Lunatic asylums Bombay report 1878-1890 - 1878-1890
Year: 1878
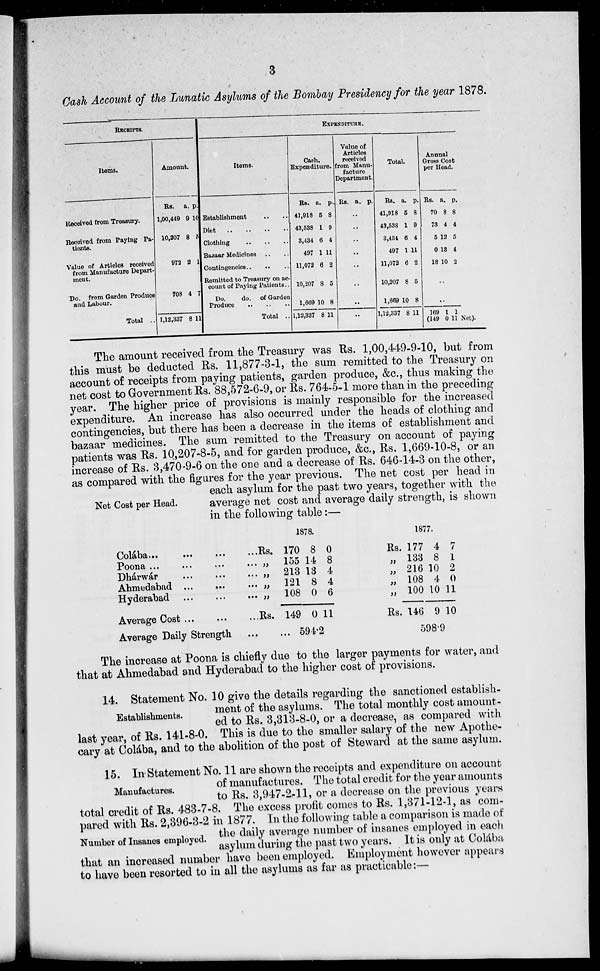
3
Cash Account of the Lunatic Asylums of the Bombay Presidency for the year 1878.
RECEIPTS.
Items.
Received from Treasury.
Received from Paying Pa-
tients.
Value of Articles received
from Manufacture Depart-
ment.
Do. from Garden Produce
and Labour.
Total ..
Amount.
Rs.
1,00,449
10,207
972
708
1,12,337
a.
9
8
2
4
8
p.
10
5
1
7
11
EXPENDITURE.
Items.
Establishment .. ..
Diet
..
..
..
..
Clothing .. .. ..
Bazaar Medicines .. ..
Contingencies
..
..
..
Remitted to Treasury on ac-
count of Paying Patients ..
Do.
do. of Garden
Produce .. .. ..
Total ..
Cash,
Expenditure.
Rs.
41,918
43,538
3,434
497
11,072
10,207
1,669
1,12,337
a.
5
1
6
1
6
8
10
8
p.
8
9
4
11
2
5
8
11
Value of
Articles
received
from Manu-
facture
Department.
Rs. a. p.
. .
. .
. .
. .
. .
. .
. .
. .
Total.
Rs.
41,918
43,538
3,434
497
11,072
10,207
1,669
1,12,337
a.
5
1
6
1
6
8
10
8
p.
8
9
4
11
2
5
8
11
Annual
Gross Cost
per Head.
Rs.
70
73
5
0
18
a.
8
4
12
13
10
p.
8
4
5
4
2
. .
. .
169 1 1
(149 0 11 Net).
Net Cost per Head.
The amount received from the Treasury was Rs. 1,00,449-9-10, but from
this must be deducted Rs. 11,877-3-1, the sum remitted to the Treasury on
account of receipts from paying patients, garden produce, &c., thus making the
net cost to Government Rs. 88,572-6-9, or Rs. 764-5-1 more than in the preceding
year. The higher price of provisions is mainly responsible for the increased
expenditure. An increase has also occurred under the heads of clothing and
contingencies, but there has been a decrease in the items of establishment and
bazaar medicines. The sum remitted to the Treasury on account of paying
patients was Rs. 10,207-8-5, and for garden produce, &c., Rs. 1,669-10-8, or an
increase of Rs. 3,470-9-6 on the one and a decrease of Rs. 646-14-3 on the other,
as compared with the figures for the year previous. The net cost per head in
each asylum for the past two years, together with the
average net cost and average daily strength, is shown
in the following table:—
Colába ... ... ... ...
Poona ... ... ... ...
Dhárwár ... ... ... ...
Ahmedabad ... ... ...
Hyderabad
...
...
...
Average Cost ... ... ...
Average Daily Strength ... ...
1878.
Rs.
„
„
„
„
Rs.
170
155
213
121
108
149
8
14
13
8
0
0
0
8
4
4
6
11
594.2
1877.
Rs.
„
„
„
„
Rs.
177
133
216
108
100
146
4
8
10
4
10
9
7
1
2
0
11
10
598.9
The increase at Poona is chiefly due to the larger payments for water, and
that at Ahmedabad and Hyderabad to the higher cost of provisions.
Establishments.
14. Statement No. 10 give the details regarding the sanctioned establish-
ment of the asylums. The total monthly cost amount-
ed to Rs. 3,313-8-0, or a decrease, as compared with
last year, of Rs. 141-8-0. This is due to the smaller salary of the new Apothe-
cary at Colába, and to the abolition of the post of Steward at the same asylum.
Manufactures.
Number of Insanes employed.
15. In Statement No. 11 are shown the receipts and expenditure on account
of manufactures. The total credit for the year amounts
to Rs. 3,947-2-11, or a decrease on the previous years
total credit of Rs. 483-7-8. The excess profit comes to Rs. 1,371-12-1, as com-
pared with Rs. 2,396-3-2 in 1877. In the following table a comparison is made of
the daily average number of insanes employed in each
asylum during the past two years. It is only at Colába
that an increased number have been employed. Employment however appears
to have been resorted to in all the asylums as far as practicable:—